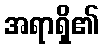
အရာရှိ၏